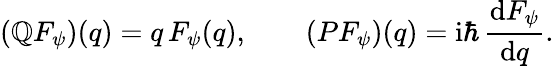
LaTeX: (\mathbb{Q}F_{\psi})(q)=q\, F_{\psi}(q),\qquad(PF_{\psi})(q)=\mathrm{{i}}\hbar\, {\frac{{\mathrm{{d}}F_{\psi}}}{{\mathrm{{d}}q}}}.